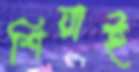
শিয়াই